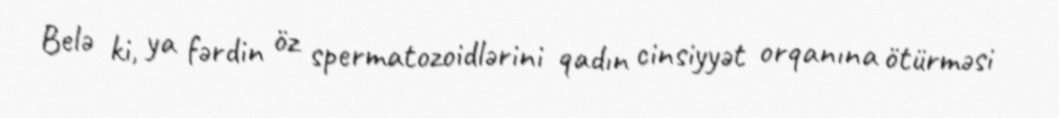
Belə ki, ya fərdin öz spermatozoidlərini qadın cinsiyyət orqanına ötürməsi